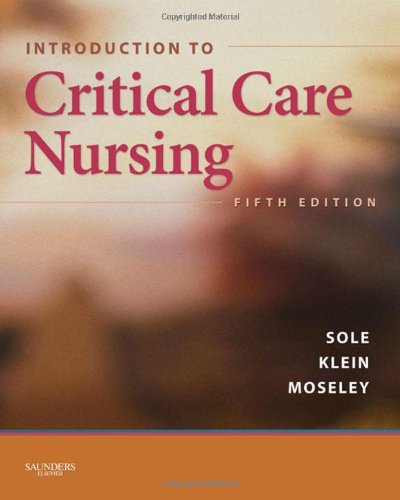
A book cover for Introduction to Critical Care Nursing, 5e; Mary Lou Sole; Medical Books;